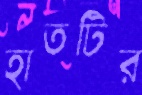
হাতটির